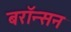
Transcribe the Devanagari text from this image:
बरॉन्सन